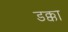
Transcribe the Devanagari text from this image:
डक्का